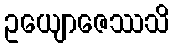
ဥယျောဇေဿသိ